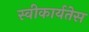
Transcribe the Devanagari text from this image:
स्वीकार्यतेस